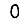
Digit: 0